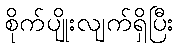
စိုက်ပျိုးလျက်ရှိပြီး